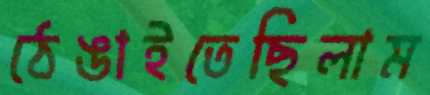
ঠেঙাইতেছিলাম